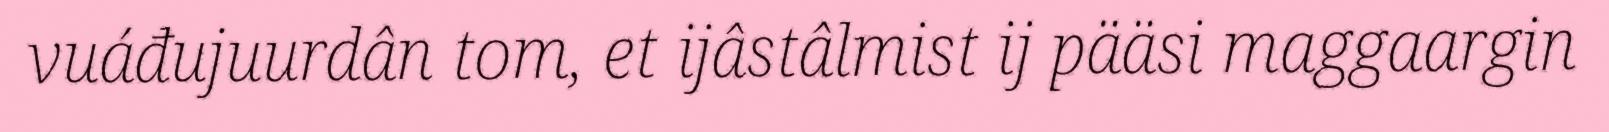
vuáđujuurdân tom, et ijâstâlmist ij pääsi maggaargin